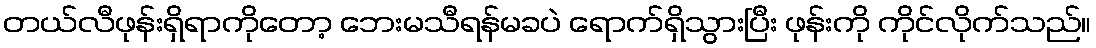
တယ်လီဖုန်းရှိရာကိုတော့ ဘေးမသီရန်မခပဲ ရောက်ရှိသွားပြီး ဖုန်းကို ကိုင်လိုက်သည်။